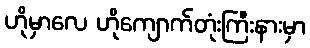
ဟိုမှာလေ ဟိုကျောက်တုံးကြီးနားမှာ